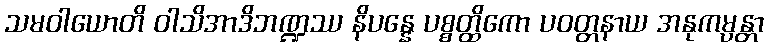
သမဝါယောတိ ဝါသိအာဒိဘဏ္ဍဿ နိပန္နေ ပစ္စတ္ထိကော ပဝတ္တနာယ အနုကမ္ပန္တာ